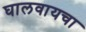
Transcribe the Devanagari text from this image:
घालवायचा